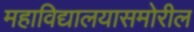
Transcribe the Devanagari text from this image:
महाविद्यालयासमोरील